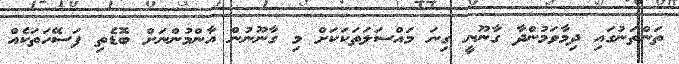
ތަންތަނުގައި ދިމާވަމުންދާ ގާނޫނީ ގިނަ މައްސަލަތަކަކަށް މި ގާނޫނުން އާންމުންނަށް ބޮޑެތި ފަސޭހަތަކެއް